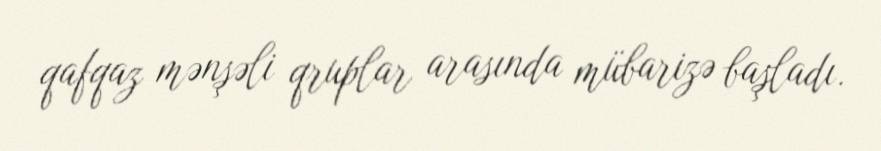
qafqaz mənşəli qruplar arasında mübarizə başladı.